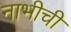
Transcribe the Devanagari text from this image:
नाभीची